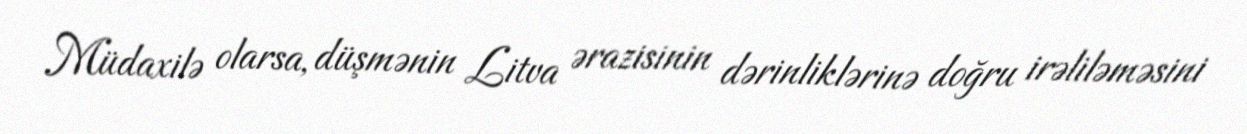
Müdaxilə olarsa, düşmənin Litva ərazisinin dərinliklərinə doğru irəliləməsini